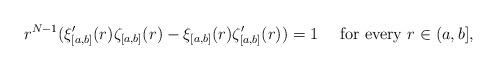
LaTeX: \begin{align*}r^{N-1}(\xi_{[a,b]}'(r)\zeta_{[a,b]}(r)-\xi_{[a,b]}(r)\zeta_{[a,b]}'(r))= 1\quad\hbox{ for every }r\in (a,b], \end{align*}